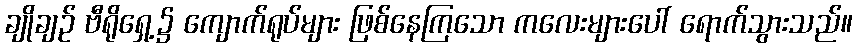
ချိုချဉ် ဗီရိုရှေ့၌ ကျောက်ရုပ်များ ဖြစ်နေကြသော ကလေးများပေါ် ရောက်သွားသည်။